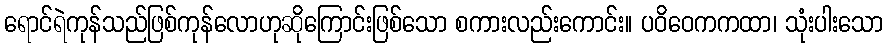
ရောင်ရဲကုန်သည်ဖြစ်ကုန်လောဟုဆိုကြောင်းဖြစ်သော စကားလည်းကောင်း။ ပဝိဝေကကထာ၊ သုံးပါးသော